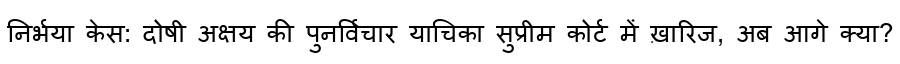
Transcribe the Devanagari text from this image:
निर्भया केस: दोषी अक्षय की पुनर्विचार याचिका सुप्रीम कोर्ट में ख़ारिज, अब आगे क्या?